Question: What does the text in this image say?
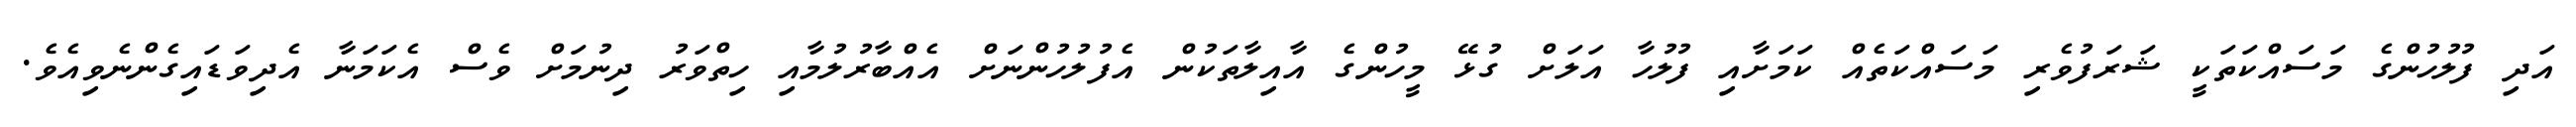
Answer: އަދި ފުލުހުންގެ މަސައްކަތަކީ ޝަރަފުވެރި މަސައްކަތެއް ކަމަށާއި ފުލުހާ އަލަށް ގުޅޭ މީހުންގެ އާއިލާތަކުން އެފުލުހުންނަށް އެއްބާރުލުމާއި ހިތްވަރު ދިނުމަށް ވެސް އެކަމަނާ އެދިވަޑައިގެންނެވިއެވެ.